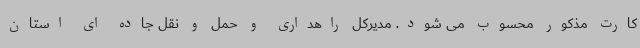
کارت مذکور محسوب می شود. مدیرکل راهداری و حمل و نقل جاده ای استان